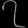
Digit: ၇